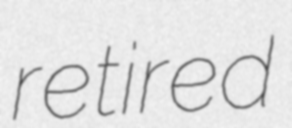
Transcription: retired